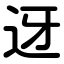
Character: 迓